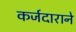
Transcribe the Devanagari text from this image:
कर्जदाराने